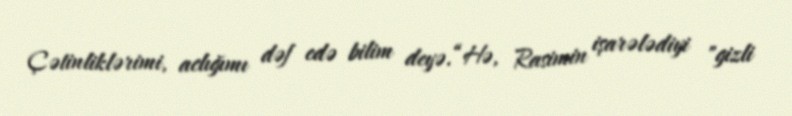
Çətinliklərimi, aclığımı dəf edə bilim deyə.“Hə, Rasimin işarələdiyi "gizli